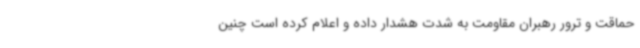
حماقت و ترور رهبران مقاومت به شدت هشدار داده و اعلام کرده است چنین